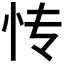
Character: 𰑁